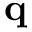
\mathbf { q }